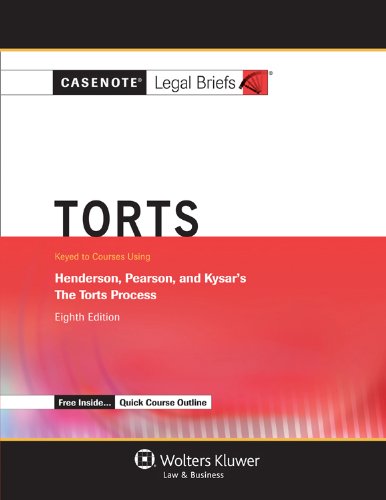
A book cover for Casenotes Legal Briefs: Torts, Keyed to Henderson, Pearson, Kysar & Siliciano, Eighth Edition (Casenote Legal Briefs); Casenotes; Law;